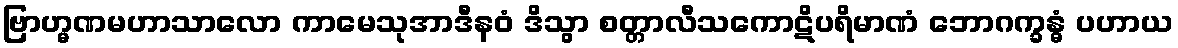
ဗြာဟ္မဏမဟာသာလော ကာမေသုအာဒီနဝံ ဒိသွာ စတ္တာလီသကောဋိပရိမာဏံ ဘောဂက္ခန္ဓံ ပဟာယ